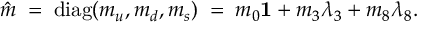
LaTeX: \hat { m } \; = \; \mathrm { d i a g } ( m _ { u } , m _ { d } , m _ { s } ) \; = \; m _ { 0 } { \bf 1 } + m _ { 3 } \lambda _ { 3 } + m _ { 8 } \lambda _ { 8 } .